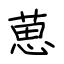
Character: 葸